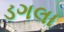
ડગલા